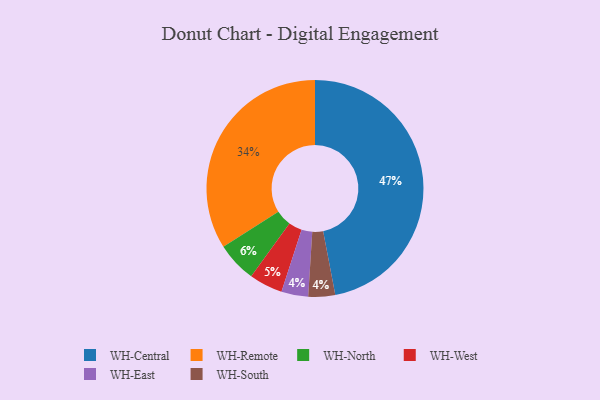
{"axis": {"x": "Category", "y": "Percentage"}, "legend": ["WH-Central", "WH-East", "WH-North", "WH-Remote", "WH-South", "WH-West"], "data": [{"x": "WH-Remote", "y": 34, "type": "WH-Remote"}, {"x": "WH-East", "y": 4, "type": "WH-East"}, {"x": "WH-Central", "y": 47, "type": "WH-Central"}, {"x": "WH-South", "y": 4, "type": "WH-South"}, {"x": "WH-West", "y": 5, "type": "WH-West"}, {"x": "WH-North", "y": 6, "type": "WH-North"}]}